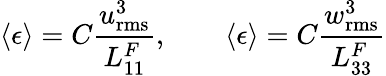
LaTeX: \langle\epsilon\rangle=C\frac{u_{\mathrm{rms}}^{3}}{L_{11}^{F}},\quad\quad\langle\epsilon\rangle=C\frac{w_{\mathrm{rms}}^{3}}{L_{33}^{F}}